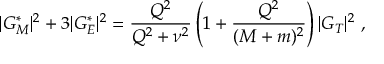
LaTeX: | G _ { M } ^ { * } | ^ { 2 } + 3 | G _ { E } ^ { * } | ^ { 2 } = \frac { Q ^ { 2 } } { Q ^ { 2 } + \nu ^ { 2 } } \left( 1 + \frac { Q ^ { 2 } } { ( M + m ) ^ { 2 } } \right) | G _ { T } | ^ { 2 } \ ,